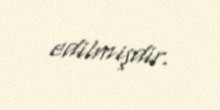
edilmişdir.